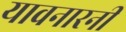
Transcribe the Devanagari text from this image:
यावनारनी